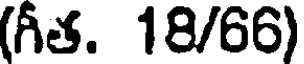
(గీత. 18/66)